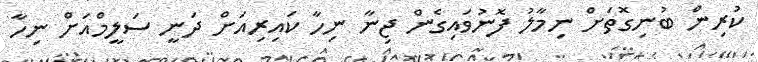
ކުރިން ބުނިގޮތަށް ނިމާލު ފޮނުވައިގެން ޖިނާ ނިހާ ކައިރިއަށް ދަނީ ސަލީމްއަށް ނިހާ